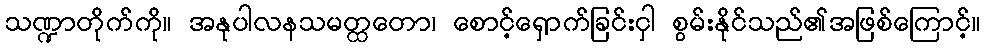
သဏ္ဍာတိုက်ကို။ အနုပါလနသမတ္ထတော၊ စောင့်ရှောက်ခြင်းငှါ စွမ်းနိုင်သည်၏အဖြစ်ကြောင့်။